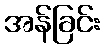
အန်ခြင်း